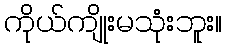
ကိုယ်ကျိုးမသုံးဘူး။